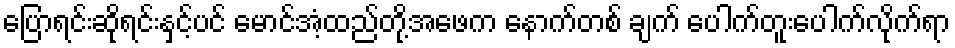
ပြောရင်းဆိုရင်းနှင့်ပင် မောင်အံ့ထည်တို့အဖေက နောက်တစ် ချက် ပေါက်တူးပေါက်လိုက်ရာ